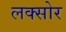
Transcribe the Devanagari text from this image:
लक्सोर